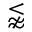
\lnapprox